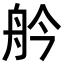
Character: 䑤